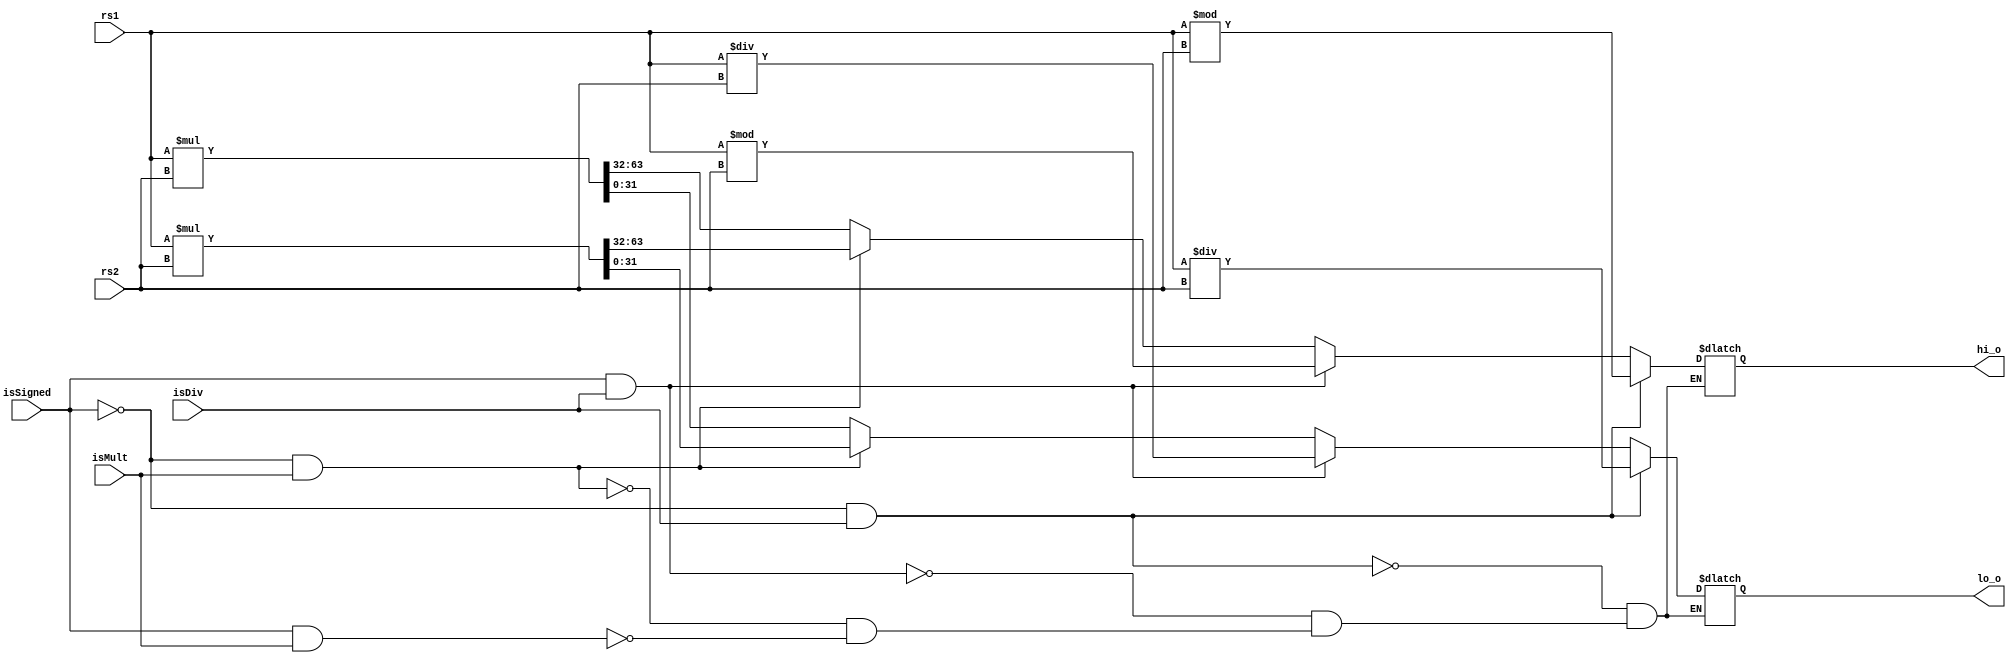
module ALU_mult(rs1,rs2,isMult,isDiv,isSigned,hi_o,lo_o);

  input[31:0] rs1;
  input[31:0] rs2;
  input isMult;
  input isDiv;
  input isSigned;


  output[31:0] hi_o;  
  output[31:0] lo_o;
  
  reg[31:0] hi;
  reg[31:0] lo;
  
  
  assign hi_o=hi;
  assign lo_o=lo;
  
  always@(rs1 or rs2 or isMult or isDiv or isSigned)//
    begin
      if(isSigned && isMult)
        {hi,lo}<=$signed(rs1)*$signed(rs2);
      if(!isSigned && isMult)
        {hi,lo}<=rs1*rs2;
      if(isSigned && isDiv)
        begin
          lo<=$signed(rs1)/$signed(rs2);
          hi<=$signed(rs1)%$signed(rs2);
        end          
      if(!isSigned && isDiv)
        begin
          lo<=rs1/rs2;
          hi<=rs1%rs2;
        end
    end
  
endmodule